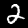
Label: 2